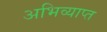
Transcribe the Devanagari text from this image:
अभिव्याप्त